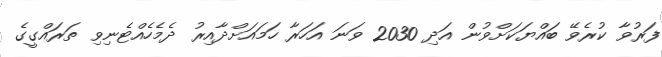
ފަރުވާ ކުރެވޭ ބައްޔަކަށްވުން އަދި 2030 ވަނަ އަހަރާ ހަމައަށްދާއިރު ދެމެހެއްޓެނިވި ތަރައްގީގެ